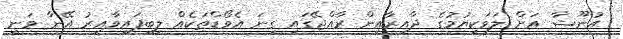
އުނޫޝާ އަށް ލަވަކިޔުމުގެ ދާއިރާއިން ރާއްޖޭގައި ގިނަ އެވޯޑްތަކެއް ލިބިފައިވާއިރު އޭނާ ވަނީ